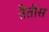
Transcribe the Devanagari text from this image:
तैतीस